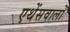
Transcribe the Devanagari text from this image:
एथेंसवालों